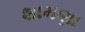
શામણા